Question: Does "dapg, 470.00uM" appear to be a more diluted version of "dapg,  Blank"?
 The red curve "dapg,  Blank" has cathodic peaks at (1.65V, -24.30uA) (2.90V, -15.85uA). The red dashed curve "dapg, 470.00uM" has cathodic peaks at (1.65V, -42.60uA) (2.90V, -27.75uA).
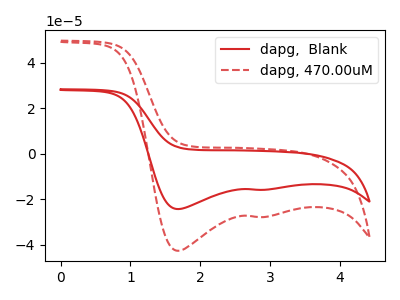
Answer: <think>All the peaks in "dapg, 470.00uM" have a peak in "dapg,  Blank" at the same potential. Every peak in "dapg, 470.00uM" is higher than every peak in "dapg,  Blank".
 </think>
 <answer>"dapg, 470.00uM" has more signal than "dapg,  Blank" and so likely has a higher concentration.</answer>
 <eval>more_concentration</eval>